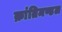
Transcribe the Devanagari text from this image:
क्रांतिमण्डल